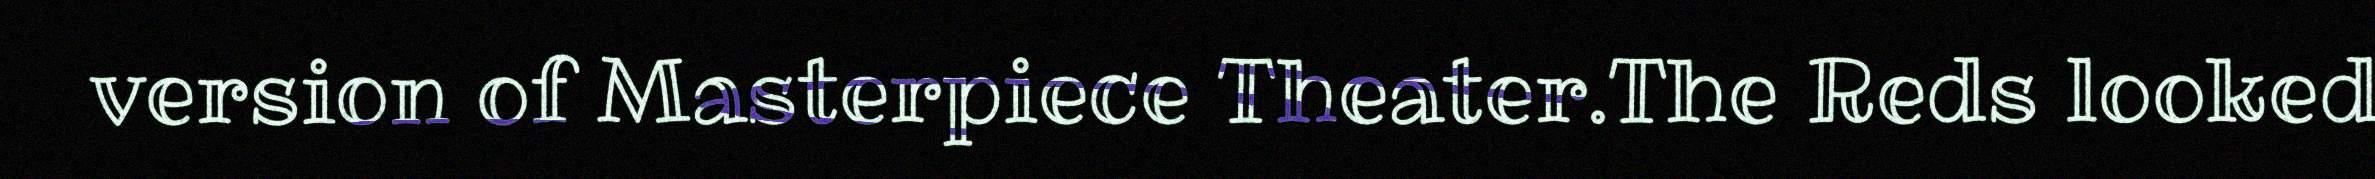
version of Masterpiece Theater.The Reds looked